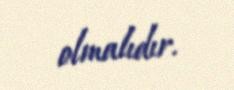
olmalıdır.